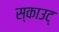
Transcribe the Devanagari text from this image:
स्काउट्